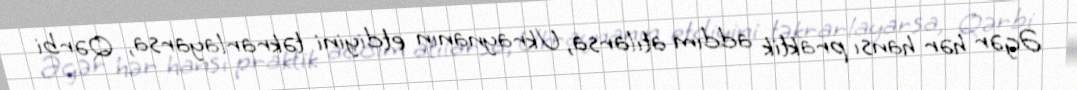
Əgər hər hansı praktik addım atılarsa, Ukraynanın etdiyini təkrarlayarsa, Qərbi